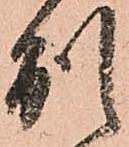
別